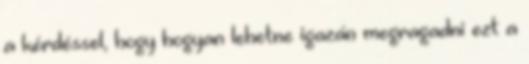
a kérdéssel, hogy hogyan lehetne igazán megragadni ezt a